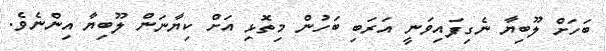
ބަހަށް ލޫބިޔާ ނެގިފައިވަނީ އަރަބި ބަހުން މިތޮޅި އަށް ކިޔާނަން ލޫބިޔާ އިންނެވެ.